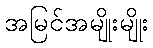
အမြင်အမျိုးမျိုး